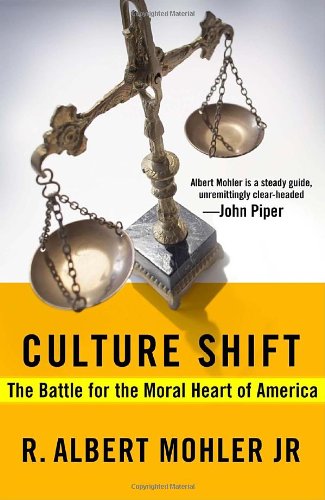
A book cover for Culture Shift: The Battle for the Moral Heart of America; Dr. R. Albert Mohler; Religion & Spirituality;